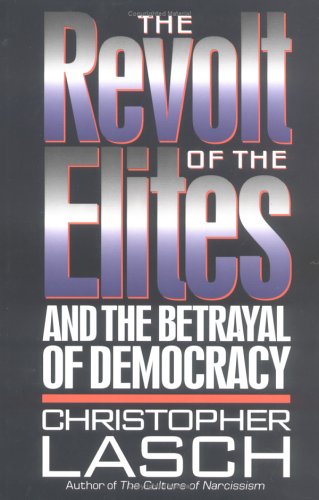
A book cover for The Revolt of the Elites: And the Betrayal of Democracy; Christopher Lasch; Politics & Social Sciences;